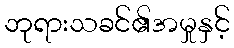
ဘုရားသခင်၏အမှုနှင့်